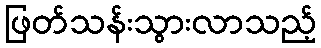
ဖြတ်သန်းသွားလာသည့်